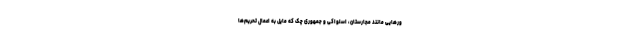
ورهایی مانند مجارستان، اسلواکی و جمهوری چک که مایل به اعمال تحریم‌ها